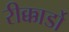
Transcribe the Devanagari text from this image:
रीक्कार्डो